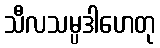
သီလသမ္ပဒါဟေတု